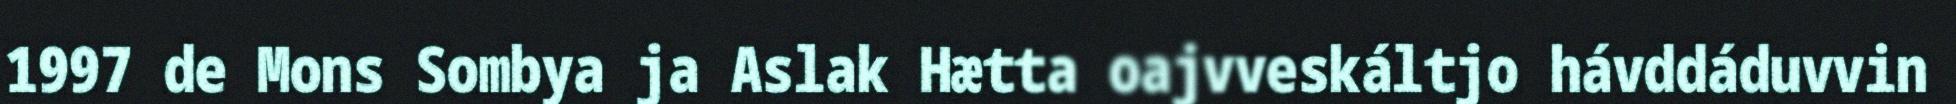
1997 de Mons Sombya ja Aslak Hætta oajvveskáltjo hávddáduvvin